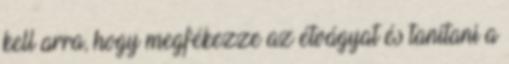
kell arra, hogy megfékezze az étvágyat és tanítani a